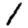
Digit: 1